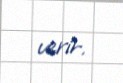
verir.